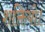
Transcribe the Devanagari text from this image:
शक्तियो।